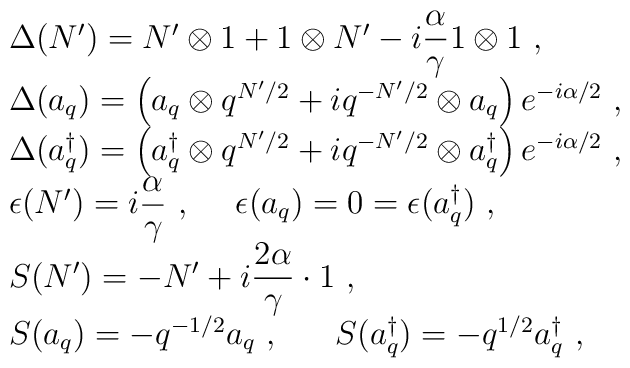
\begin{array}{l}\Delta(N')=N'\otimes 1+1\otimes N'-i\displaystyle\frac{\alpha}{\gamma}           1\otimes 1~,\\\Delta(a_q)=\left(a_q\otimes q^{N'/2}+iq^{-N'/2}\otimes           a_q\right)e^{-i\alpha/2}~,\\\Delta(a_q^\dagger)=\left(a_q^\dagger\otimes q^{N'/2}+           iq^{-N'/2}\otimes a_q^\dagger\right)e^{-i\alpha/2}~,\\\epsilon(N')=\displaystyle i\frac{\alpha}{\gamma}~,~~~~           \epsilon(a_q)=0=\epsilon(a_q^\dagger)~,\\S(N')=-N'+i\displaystyle\frac{2\alpha}{\gamma}\cdot 1~,\\S(a_q)=-q^{-1/2}a_q~,~~~~~S(a_q^\dagger)=-q^{1/2}a_q^\dagger~,\end{array}